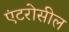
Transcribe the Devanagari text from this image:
एंटरोसील